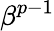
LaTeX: \beta^{p-1}